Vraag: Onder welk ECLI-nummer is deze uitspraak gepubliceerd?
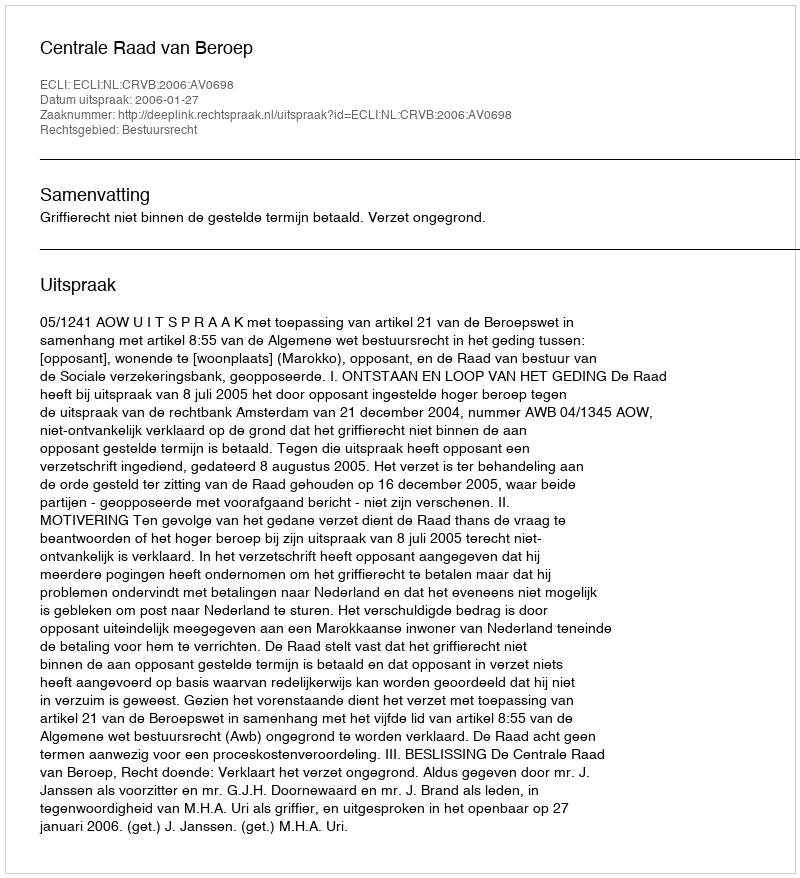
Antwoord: ECLI:NL:CRVB:2006:AV0698